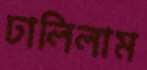
ঢালিলাম